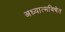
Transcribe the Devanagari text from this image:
अध्यात्मविद्येत